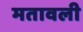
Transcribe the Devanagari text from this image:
मतावली